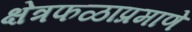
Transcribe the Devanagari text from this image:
क्षेत्रफळाप्रमाणे